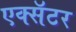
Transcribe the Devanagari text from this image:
एक्सॅटर